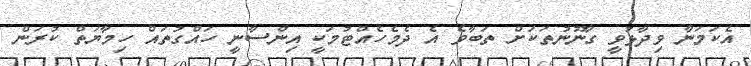
އެކަމަނާ ވިދާޅުވީ ގާނޫނުތަކަށް ތަބާވެ އެ ދެމެހެއްޓުމަކީ އިންސާނީ ހައްގުތައް ހިމާޔަތް ކުރަން